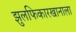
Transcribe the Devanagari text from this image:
झुलफिकारखानाला